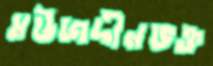
মউজদীনভক্ত